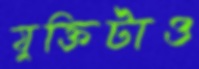
যুক্তিটাও